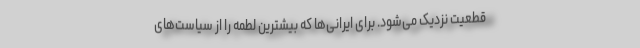
قطعیت نزدیک می‌شود. برای ایرانی‌ها که بیشترین لطمه را از سیاست‌های